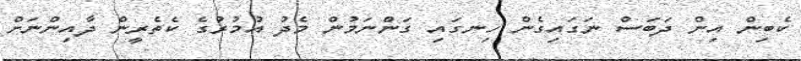
ކެބިން އިން ދަބަސް ނަގައިގެން ހިނގައި ގަންނަމުން މެދު އުމުރުގެ ކެތެރީން ދާއިންނަށް